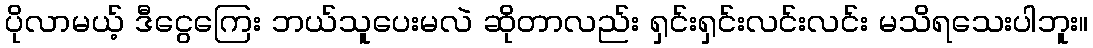
ပိုလာမယ့် ဒီငွေကြေး ဘယ်သူပေးမလဲ ဆိုတာလည်း ရှင်းရှင်းလင်းလင်း မသိရသေးပါဘူး။